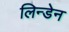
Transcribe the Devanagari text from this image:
लिन्डेन